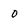
Character: O